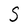
Character: S